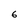
Character: 6